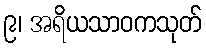
၉၊ အရိယသာဝကသုတ်